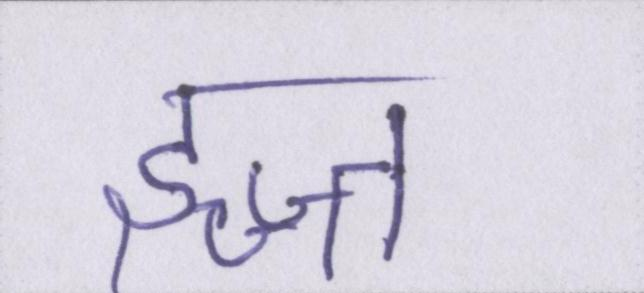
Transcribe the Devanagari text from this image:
इज्ज्त